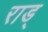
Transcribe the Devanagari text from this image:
राड्